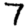
Digit: 7